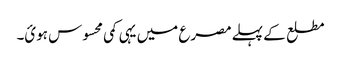
مطلع کے پہلے مصرع میں یہی کمی محسوس ہوئ۔